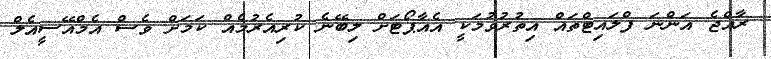
ރާއްޖެ އަންނަ ފްލައިޓްތައް އިތުރުވުމަކީ އެއާޕޯޓަށް ލިބޭނެ ކުރިއެރުމެއް ކަމަށް ވެސް އެމްއޭސީއެލް